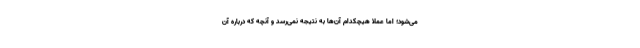
می‌شود؛ اما عملا هیچکدام آن‌ها به نتیجه نمی‌رسد و آنچه که درباره آن